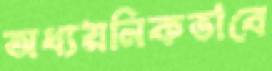
অধ্যয়নিকভাবে